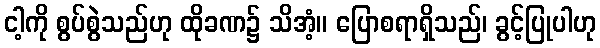
ငါ့ကို စွပ်စွဲသည်ဟု ထိုခဏ၌ သိအံ့။ ပြောစရာရှိသည်၊ ခွင့်ပြုပါဟု